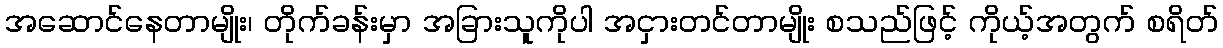
အဆောင်နေတာမျိုး၊ တိုက်ခန်းမှာ အခြားသူကိုပါ အငှားတင်တာမျိုး စသည်ဖြင့် ကိုယ့်အတွက် စရိတ်